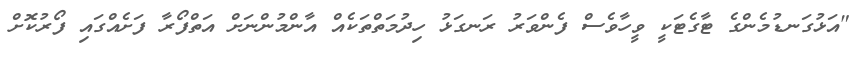
"އަޅުގަނޑުމެންގެ ޓާގެޓަކީ ވީހާވެސް ފެންވަރު ރަނގަޅު ހިދުމަތްތަކެއް އާންމުންނަށް އަތްފޯރާ ފަށެއްގައި ފޯރުކޮށް